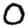
Digit: 0